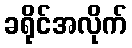
ခရိုင်အလိုက်